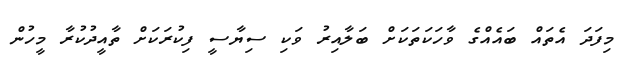
މިފަދަ އެތައް ބައެއްގެ ވާހަކަތަކަށް ބަލާއިރު ވަކި ސިޔާސީ ފިކުރަކަށް ތާއީދުކުރާ މީހުން